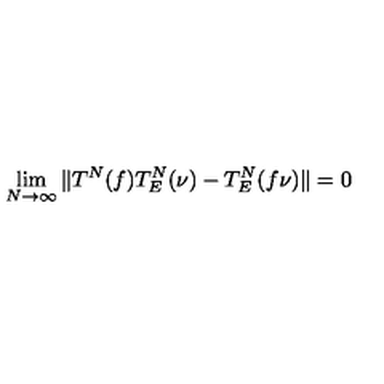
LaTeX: \lim _ { N \to \infty } \Vert T ^ { N } ( f ) T _ { E } ^ { N } ( \nu ) - T _ { E } ^ { N } ( f \nu ) \Vert = 0